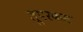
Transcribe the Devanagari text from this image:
लूपरकस